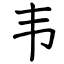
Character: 韦